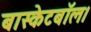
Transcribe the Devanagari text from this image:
बास्केटबॉल।